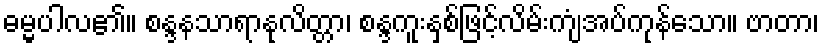
ဓမ္မပါလ၏။ စန္ဒနသာရာနုလိတ္တာ၊ စန္ဒကူးနှစ်ဖြင့်လိမ်းကျံအပ်ကုန်သော။ ဗာတာ၊